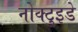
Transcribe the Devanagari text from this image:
नोक्टुइडे